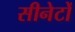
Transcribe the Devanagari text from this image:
सीनेटों